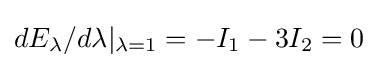
dE_{\lambda }/d\lambda \vert _{\lambda =1}=-I_{1}-3I_{2}=0